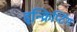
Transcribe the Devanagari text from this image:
इन्क्रिप्टिंग